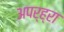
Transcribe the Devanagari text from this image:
अपर्ह्रा